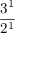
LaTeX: \frac { 3 ^ { 1 } } { 2 ^ { 1 } }